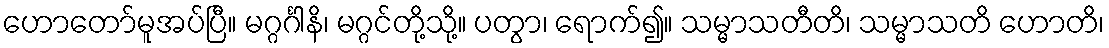
ဟောတော်မူအပ်ပြီ။ မဂ္ဂင်္ဂါနိ၊ မဂ္ဂင်တို့သို့။ ပတွာ၊ ရောက်၍။ သမ္မာသတီတိ၊ သမ္မာသတိ ဟောတိ၊